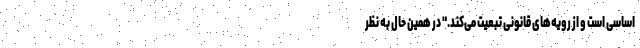
اساسی است و از رویه‌های قانونی تبعیت می‌کند." در همین حال به نظر